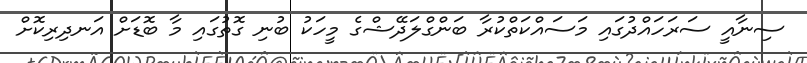
ސިނާއީ ސަރަހައްދުގައި މަސައްކަތްކުރާ ބަންގްލަދޭޝްގެ މީހަކު ބުނި ގޮތުގައި މާ ބޮޑަށް އަނދިރިކޮށް